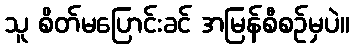
သူ စိတ်မပြောင်းခင် အမြန်စီစဉ်မှပဲ။